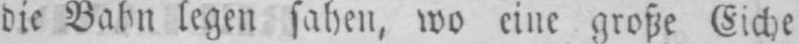
die Bahn legen sahen, wo eine große Eiche